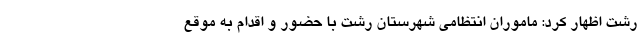
رشت اظهار کرد: ماموران انتظامی شهرستان رشت با حضور و اقدام به موقع